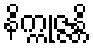
နိက္ကုဇ္ဇန္တိ